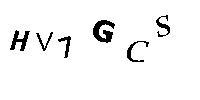
HV7GCS